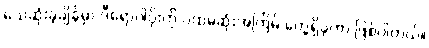
သေဆုံးခဲ့ချိန်မှာ ဒီရောဂါပိုးကို ပထမဆုံးအကြိမ် တွေ့ရှိခဲ့တာ ဖြစ်ပါတယ်။